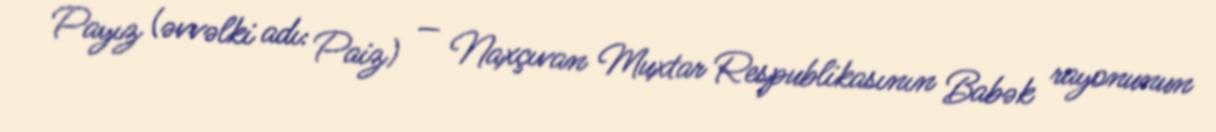
Payız (əvvəlki adı: Paiz) — Naxçıvan Muxtar Respublikasının Babək rayonunun